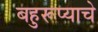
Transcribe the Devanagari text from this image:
बहुरूप्याचे